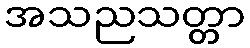
အသညသတ္တာ